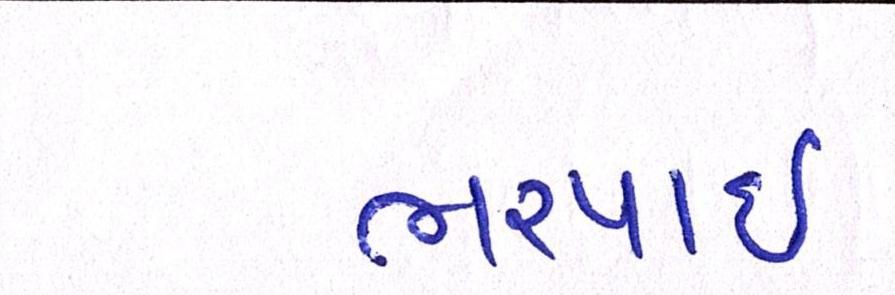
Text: ભરપાઈ